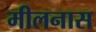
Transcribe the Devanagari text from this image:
मीलनास